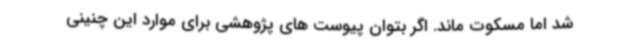
شد اما مسکوت ماند. اگر بتوان پیوست های پژوهشی برای موارد این چنینی